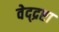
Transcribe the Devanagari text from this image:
वेद्द्रष्टा